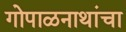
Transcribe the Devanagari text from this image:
गोपाळनाथांचा